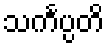
သင်္ကပ္ပတိ